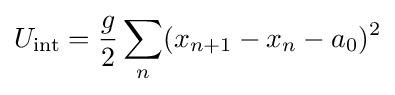
U_{\text{int}}={\frac {g}{2}}\sum _{n}(x_{n+1}-x_{n}-a_{0})^{2}